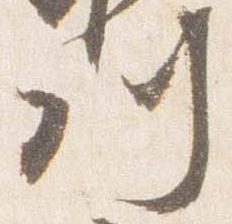
川